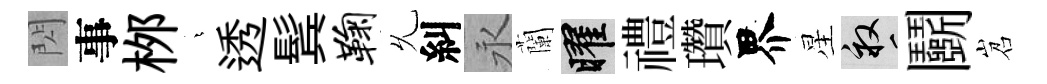
閃事桞燁透鬂鞠𠃔糾永蘭曜禮瓚界星畝鬬岧